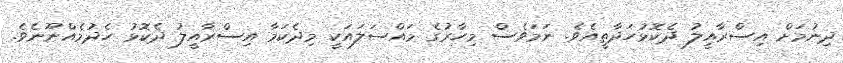
ދިނުމަށް އިސްރާއީލު ދެކޮޅުހަދާތީއެވެ. ނަމަވެސް މިހާރުގެ މައްސަލައަކީ މިދެކަމާ އިސްރާއީލު ދެކޮޅު ހެދުމެއްނޫނެވެ.